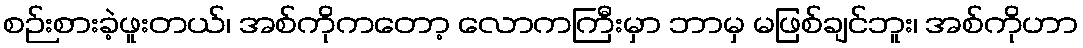
စဉ်းစားခဲ့ဖူးတယ်၊ အစ်ကိုကတော့ လောကကြီးမှာ ဘာမှ မဖြစ်ချင်ဘူး၊ အစ်ကိုဟာ